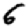
Digit: 6